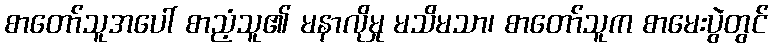
စာတော်သူအပေါ် စာညံ့သူ၏ မနာလိုမှု မသိမသာ၊ စာတော်သူက စာမေးပွဲတွင်